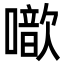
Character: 噷